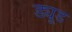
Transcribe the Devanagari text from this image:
ड्यूड